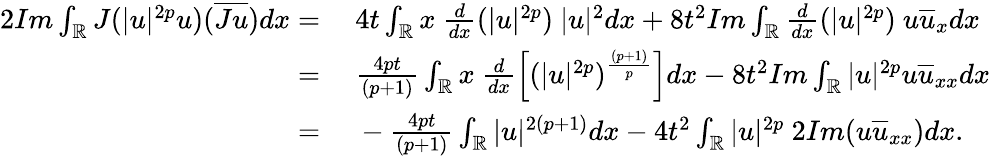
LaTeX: \begin{array}{rl}{2Im\int_{\mathbb{R}}J(|u|^{2p}u)(\overline{{Ju}})dx=}&{\ 4t\int_{\mathbb{R}}x\ \frac{d}{dx}(|u|^{2p})\ |u|^{2}dx+8t^{2}Im\int_{\mathbb{R}}\frac{d}{dx}(|u|^{2p})\ u\overline{{u}}_{x}dx}\\ {=}&{\ \frac{4pt}{(p+1)}\int_{\mathbb{R}}x\ \frac{d}{dx}\left[(|u|^{2p})^{\frac{(p+1)}{p}}\right]dx-8t^{2}Im\int_{\mathbb{R}}|u|^{2p}u\overline{{u}}_{xx}dx}\\ {=}&{\ -\frac{4pt}{(p+1)}\int_{\mathbb{R}}|u|^{2(p+1)}dx-4t^{2}\int_{\mathbb{R}}|u|^{2p}\ 2Im(u\overline{{u}}_{xx})dx.}\end{array}